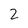
Character: 2